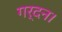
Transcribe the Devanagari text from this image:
गर्दन।